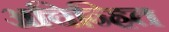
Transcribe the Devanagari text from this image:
अचिन्हित